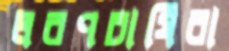
লবণচাষিরা